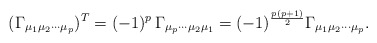
\begin{align*}(\Gamma_{\mu_{1}\mu_{2}\cdots\mu_{p}})^{T}=(-1)^{p}\,\Gamma_{\mu_{p}\cdots\mu_{2}\mu_{1}}=(-1)^{\frac{p(p+1)}{2}}\Gamma_{\mu_{1}\mu_{2}\cdots\mu_{p}}.\end{align*}